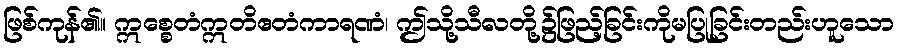
ဖြစ်ကုန်၏။ ဣစ္စေတံဣတိဧတံကာရဏံ၊ ဤသို့သီလတို့၌ဖြည့်ခြင်းကိုမပြုခြင်းတည်းဟူသော